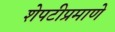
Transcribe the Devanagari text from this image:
शेपटीप्रमाणे